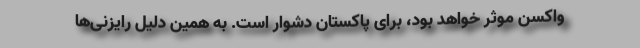
واکسن موثر خواهد بود، برای پاکستان دشوار است. به همین دلیل رایزنی‌ها